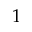
1